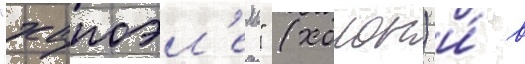
"хапоэл'ем" (холон) и́ в